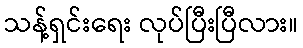
သန့်ရှင်းရေး လုပ်ပြီးပြီလား။